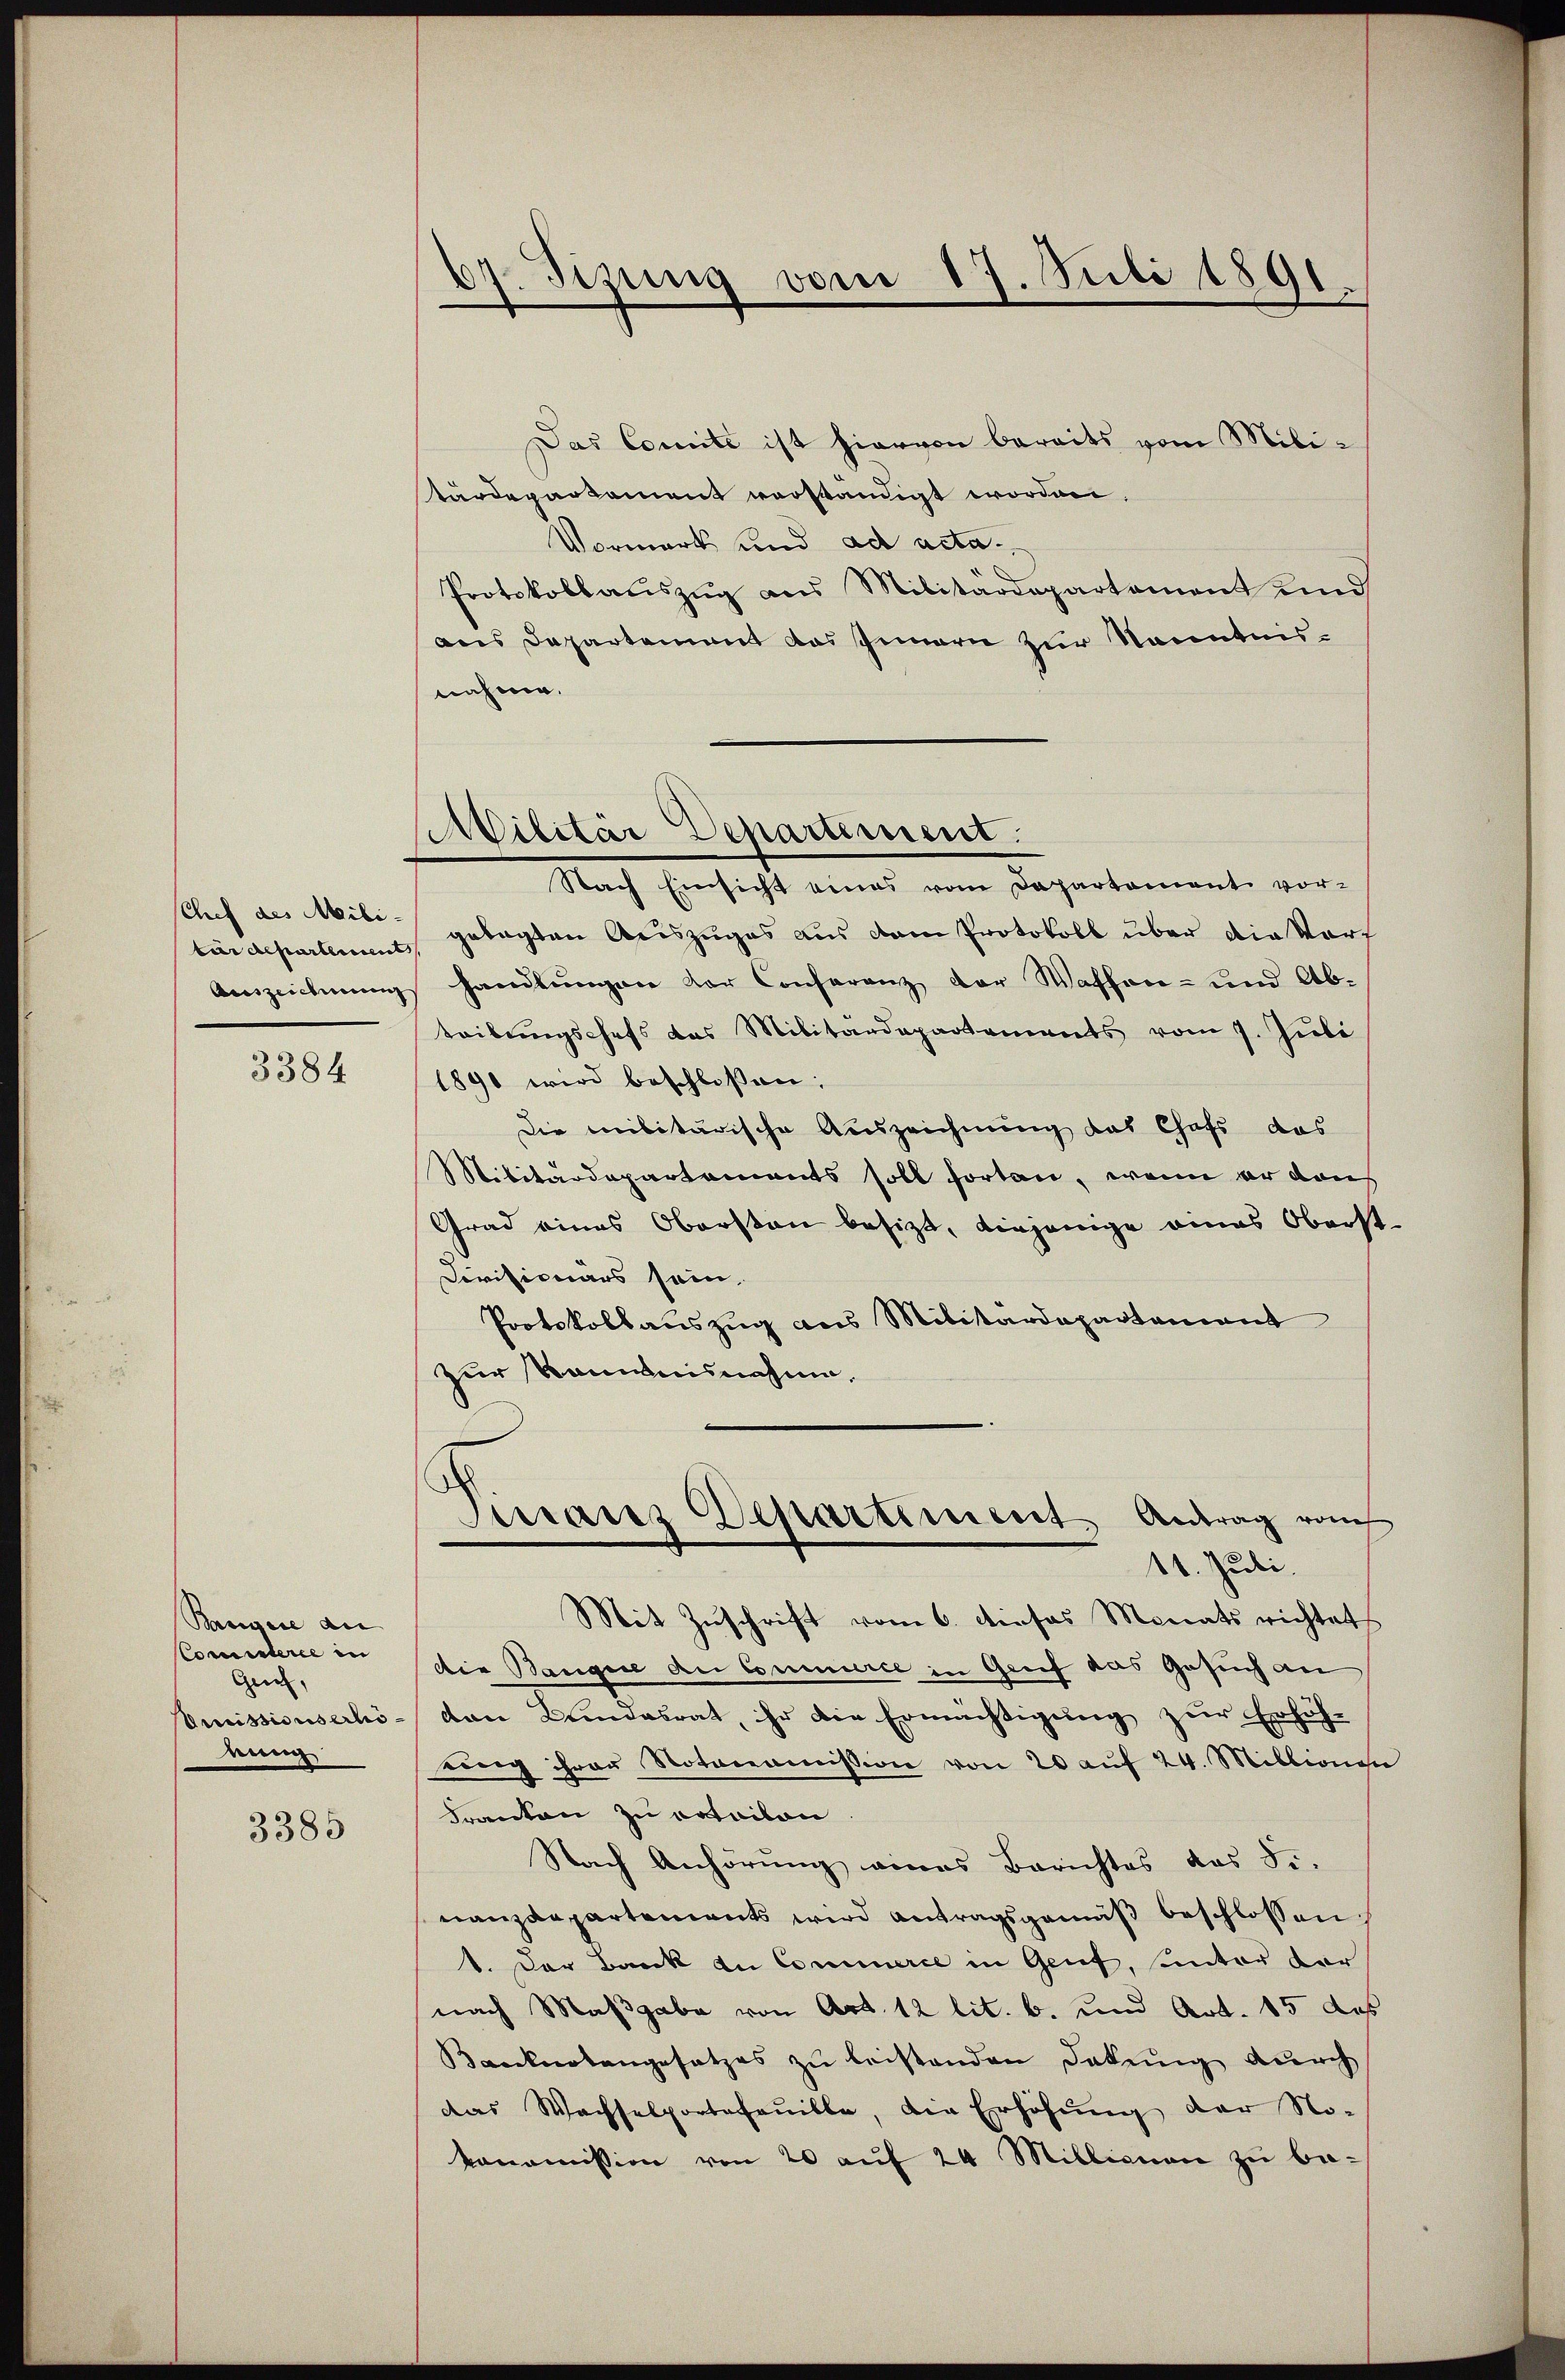
sChef des Mili¬

3384

Bangere an
Comisterie in
Gei
Emissionserhönung

3385

.
Tizung vom 17. Juli 1891.

Militär Departement.

Das Comite ist hiervon bereits vom Militärdepartement verständigt worden.
Vormerk und ad acta¬
Protokollauszug aus Militärdepartement und
aus Departement das Innern zur Kenntnisnahme.
Nach Einsicht eines vom Departement vor-
tärdepartement, gelegten Auszuges aus dem Protokoll über die Vorf
Auszeichnung handlungen der Conferenz der Wassen- und Ab-
teibungschefs das Militärdepartements vom 7. Juli
1890 wird beschlossen:
Die militärische Auszeichnung das Chefs das
Militärdepartements soll fortan, wenn er das
Grad eines Obersten besizt, diejenige eines Oberst
Divisionärs sein.
Protokollauszug aus Militärdepartement
zur kommnisnahme,
Sirranz Departiment Antrag vo
11. Juli.
Mit Zuschrift vom 6. dieses Monats richtet
die Baugere du Commerce in Grief das Gesuch an
den Bundesrat, ihr die Ermächtigung zur Erhöh-
ring ihrer Notonomission von 20 auf 24. Millionen
Franton zu ertailon.
Nach Anhörung eines Berichtes das Fr.
nanzdepartements wird antragsgemäβ beschlossen
1. Der Bank zu Commerce in Genf, unter der
nach Maßgabe von Art. 12 lit. b. und Art. 15 des
Banknotengesetzes zŭ beistenden Dekŭng dŭrch
das Wachselportefanille, die Erhöhŭng der No-
konomission von 20 aŭf 24 Millionen zu be-